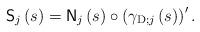
LaTeX: \begin{align*}\mathsf{S}_{j}\left( s\right) =\mathsf{N}_{j}\left( s\right) \circ\left(\gamma_{\operatorname*{D};j}\left( s\right) \right) ^{\prime}.\end{align*}